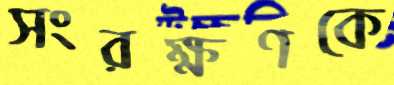
সংরক্ষণকে